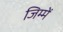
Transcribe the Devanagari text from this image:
जिम्‍में